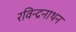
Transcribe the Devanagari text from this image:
रविन्द्रनाथन